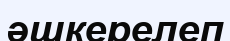
әшкерелеп